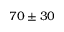
7 0 \pm 3 0